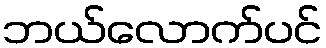
ဘယ်လောက်ပင်